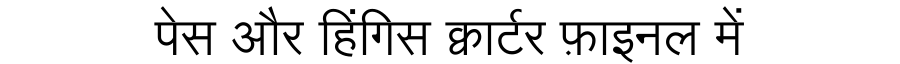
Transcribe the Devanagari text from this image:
पेस और हिंगिस क्वार्टर फ़ाइनल में